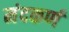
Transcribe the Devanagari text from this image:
मंदकर्ण